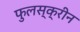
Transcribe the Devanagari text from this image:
फुलस्क्रीन